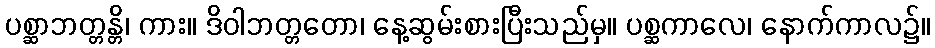
ပစ္ဆာဘတ္တန္တိ၊ ကား။ ဒိဝါဘတ္တတော၊ နေ့ဆွမ်းစားပြီးသည်မှ။ ပစ္ဆကာလေ၊ နောက်ကာလ၌။